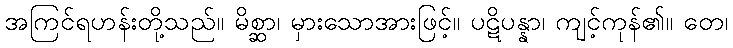
အကြင်ရဟန်းတို့သည်။ မိစ္ဆာ၊ မှားသောအားဖြင့်။ ပဋိပန္နာ၊ ကျင့်ကုန်၏။ တေ၊